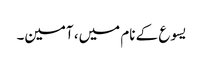
یسوع کے نام میں، آمین۔